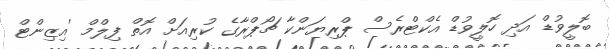
ބޮލީވުޑް އަދި ހޮލީވުޑް އެކްޓްރެސް ޕްރިޔަންކާ ޗޯޕްރާގެ ކުރިއަށް އޮތް ފިލްމް 'އިޒިންޓް